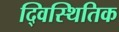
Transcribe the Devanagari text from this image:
द्विस्थितिक